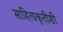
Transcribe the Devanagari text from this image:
साहित्यकृतींशी